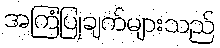
အကြံပြုချက်များသည်